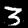
Digit: 3